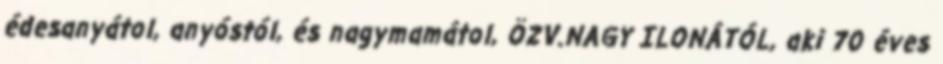
édesanyátol, anyóstól, és nagymamátol, ÖZV.NAGY ILONÁTÓL, aki 70 éves